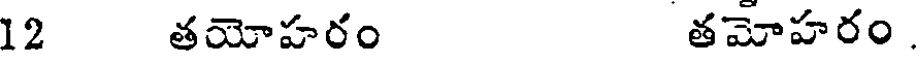
12 తయోహరం తమోహరం.